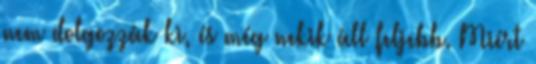
nem dolgozzák ki, és még nekik áll feljebb. Miért